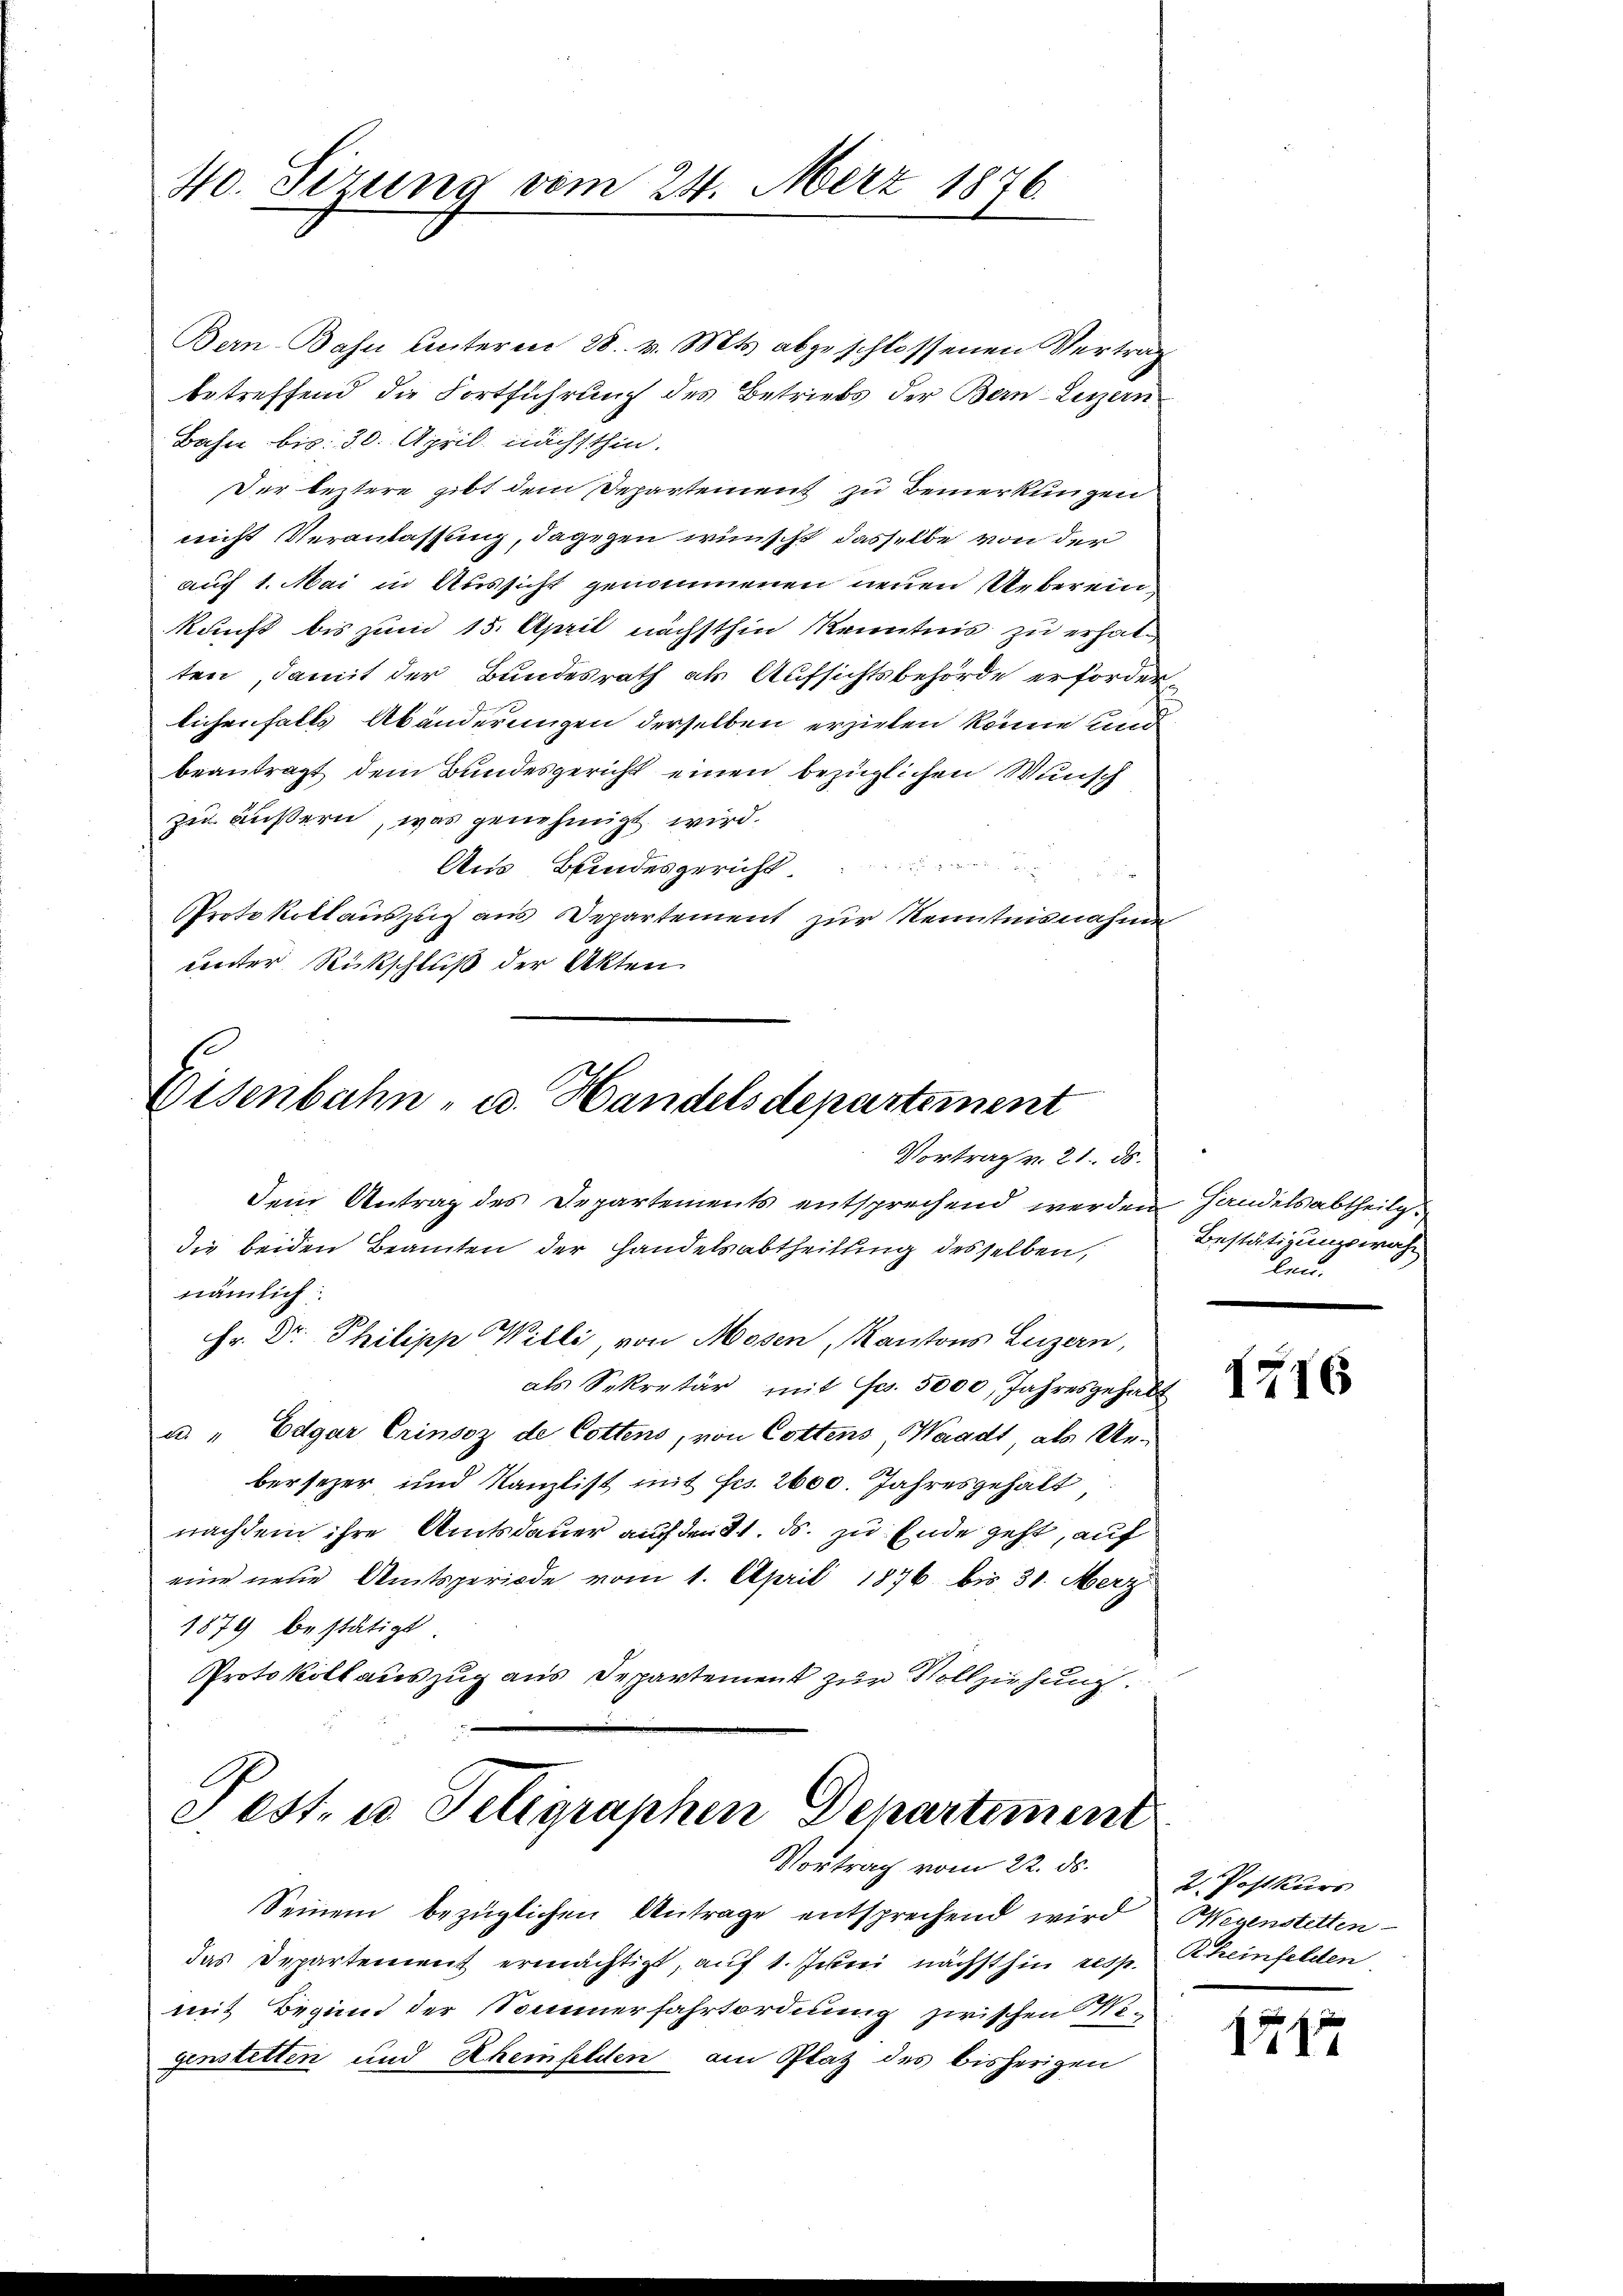
40. Sirung vom 24. März 1876.

Bern Bahn unterm 28. v. Mts. abzuschlossenen Vertrag
betreffend die Fortführung des Betriebs der Bern-Luzern
Bahn bis 30. April nächsthin.
Der leztere gibt dem Departement zu Bemerkungen
nicht Veranlassung, dagegen wünscht dasselbe von der
auch 1. Mai in Aussicht genommenen neuen Uebereinkunft bis zum 15. April nächsthin Kenntnis zu erhalten, damit der Bundesrath als Aufsichtsbehörde erforder
lichenfalls Abänderungen derselben erzielen könne und
beantragt dem Bundesgericht einen bezüglichen Wunsch
zu äußern, was genehmigt wird.
Aus Bundesgericht

Protokollauszug aus Departement zŭr Kenntnisnahme
unter Rückschluß der Akten

e
Eisenbahn- u. Handelsdepartement
Vortrag v. 21. ds.

Dein Antrag des Departements entsprechend werden Handelsabtheile
die beiden Beamten der Handelsabtheilung desselben,
nämlich
Fr. Dr. Philipp Willi, von Mosen, Kantons Luzern,
als Sekretär mit Fr. 5000 Jahresgehalt
u. "Edgar Erinsoz de Cottens, von Cottens, Waadt als Un-
bersezer und Kanzlist mit Fr. 2600. Jahresgehalt
nachdem ihre Amtsdauer auch den 21. ds. zu Ende geht, auf
eine neue Amtsperiode vom 1. April 1876 bis 30. Merz
1879 bestätigt
Protokoll auszug aus Departement zur Vollziehung

Pest. u. Teligraphen Departiment
Vortrag vom 22. ds.

Seinem bezüglichen Antrage entsprechend wird Wegenstetten
das Departement ermächtigt, auf 1. Jerei nächsthin resp. Rheinfelden
mit Beginn der Sommerfahrtordnung zwischen Miginstetten und Rhemfelden am Plaz des bisherigen

Bestätigungswahn
len.

1716

2. Postkurs

1587